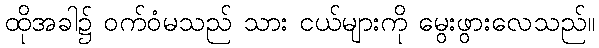
ထိုအခါ၌ ဝက်ဝံမသည် သား ငယ်များကို မွေးဖွားလေသည်။